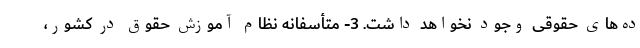
ده‌های حقوقی وجود نخواهد داشت. 3- متأسفانه نظام آموزش حقوق در کشور،